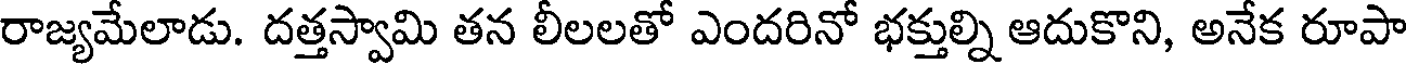
రాజ్యమేలాడు. దత్తస్వామి తన లీలలతో ఎందరినో భక్తుల్ని ఆదుకొని, అనేక రూపా